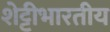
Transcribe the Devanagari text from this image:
शेट्टीभारतीय